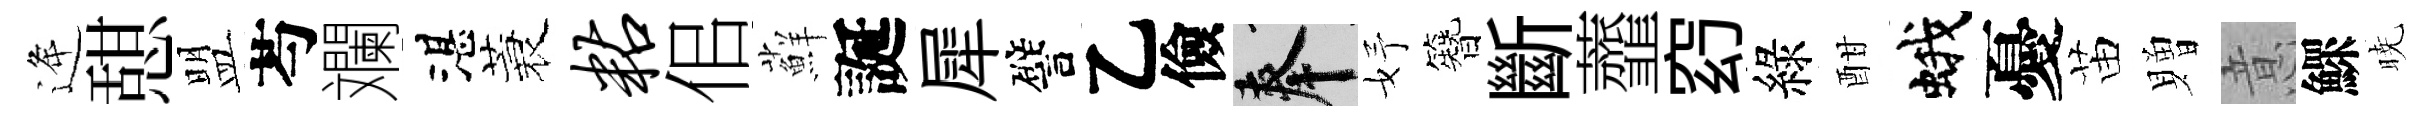
逄憇盟芍斕湛蓑粘佀蘚誕犀譬乙儉奉妤簪斷虀𥥆綠酣蛾憂苗贈意鰥暁